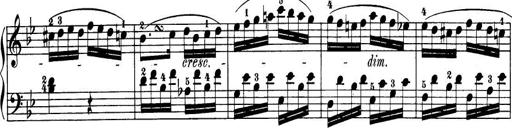
Title: 32 Sonatinas and Rondos for the Piano
Composer: Richard Kleinmichel